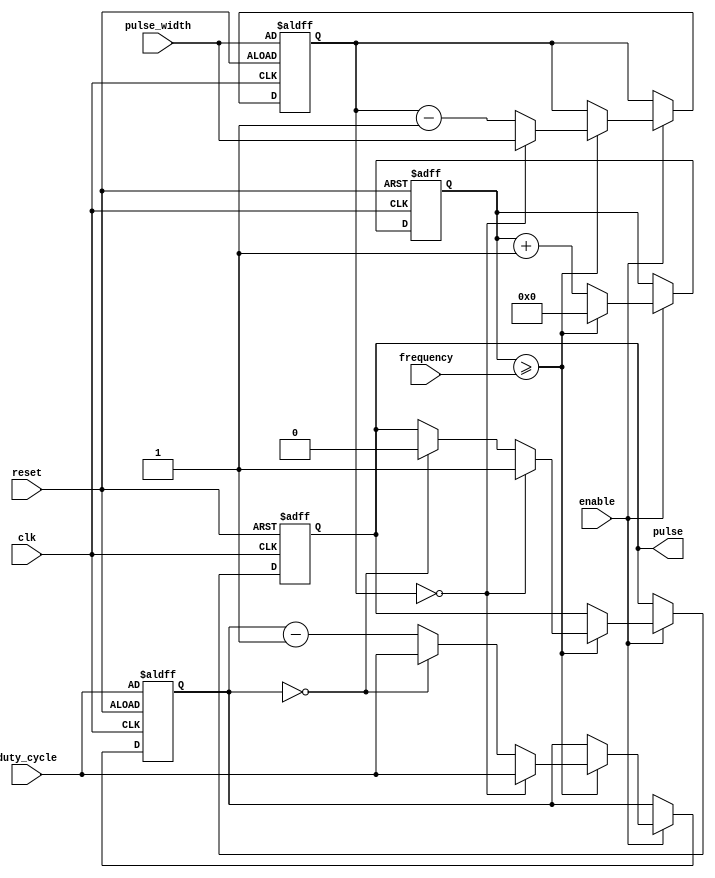
module Programmable_Pulse_Generator (
  input wire clk,
  input wire reset,
  input wire enable,
  input wire [7:0] pulse_width,
  input wire [7:0] duty_cycle,
  input wire [15:0] frequency,
  output reg pulse
);

reg [15:0] counter;
reg [7:0] pulse_count;
reg [7:0] duty_count;

always @(posedge clk or posedge reset) begin
  if (reset) begin
    counter <= 16'h0000;
    pulse_count <= pulse_width;
    duty_count <= duty_cycle;
    pulse <= 0;
  end else begin
    if (enable) begin
      if (counter >= frequency) begin
        counter <= 16'h0000;
        pulse_count <= pulse_count - 1;
        if (pulse_count == 0) begin
          pulse_count <= pulse_width;
          pulse <= 1;
          duty_count <= duty_cycle;
        end else begin
          if (duty_count == 0) begin
            pulse <= 0;
            duty_count <= duty_cycle;
          end else begin
            duty_count <= duty_count - 1;
          end
        end
      end else begin
        counter <= counter + 1;
      end
    end
  end
end

endmodule